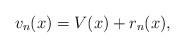
LaTeX: \begin{align*}v_n(x) = V(x) + r_n(x), \end{align*}